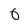
Character: 0